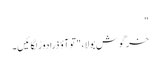
"
خرگوش بولا، "تو آؤ ذرا دوڑ لگائیں۔